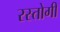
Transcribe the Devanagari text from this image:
रस्‍तोगी